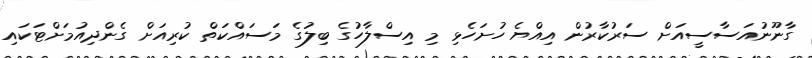
ގާނޫނުއަސާސީއަށް ސަރުކާރުން އިއްޔެ ހުށަހެޅި މި އިސްލާހުގެ ބިލުގެ މަސައްކަތް ކުރިއަށް ގެންދިއުމަށްޓަކައި